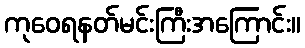
ကုဝေရနတ်မင်းကြီးအကြောင်း။